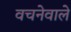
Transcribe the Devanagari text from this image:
वचनेवाले